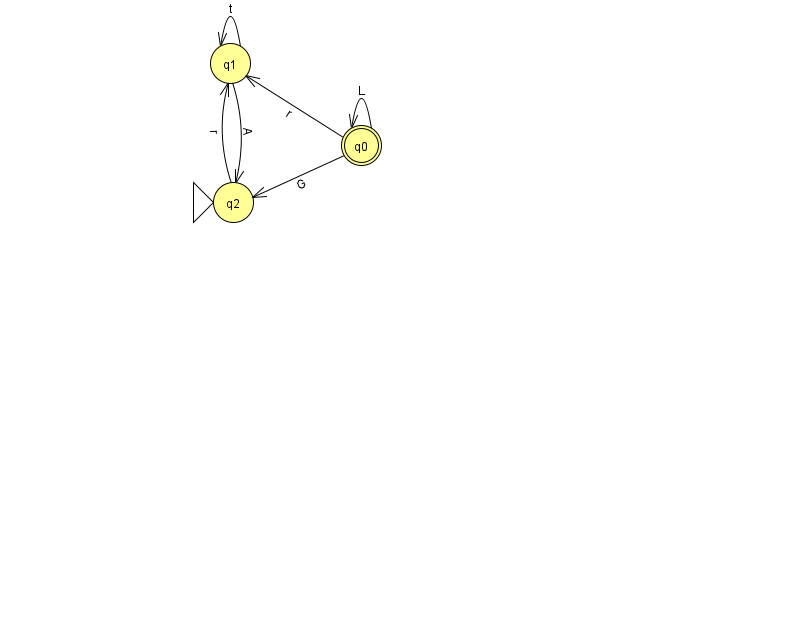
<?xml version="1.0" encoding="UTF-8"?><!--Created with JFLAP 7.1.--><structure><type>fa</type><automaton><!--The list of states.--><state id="0" name="q0"><x>361.0</x><y>132.0</y><final/></state><state id="1" name="q1"><x>230.0</x><y>50.0</y></state><state id="2" name="q2"><x>233.0</x><y>189.0</y><initial/></state><!--The list of transitions.--><transition><from>1</from><to>1</to><read>t</read></transition><transition><from>1</from><to>2</to><read>A</read></transition><transition><from>2</from><to>1</to><read>r</read></transition><transition><from>0</from><to>2</to><read>G</read></transition><transition><from>0</from><to>1</to><read>r</read></transition><transition><from>0</from><to>0</to><read>L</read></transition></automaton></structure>